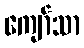
ကျော်သာ